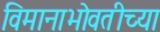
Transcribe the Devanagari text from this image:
विमानाभोवतीच्या